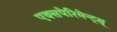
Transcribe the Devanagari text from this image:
एक्सपेरिमेन्ट्‌स्